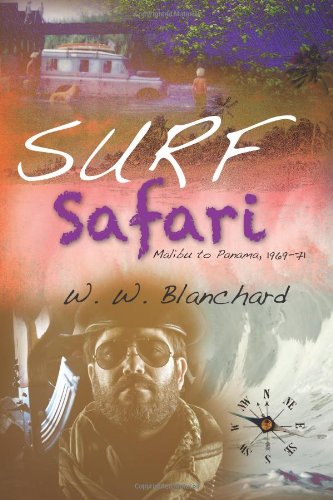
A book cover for Surf Safari: Malibu to Panama, 1969-71; W. W. Blanchard; Travel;